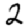
Digit: 2